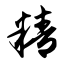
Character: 精